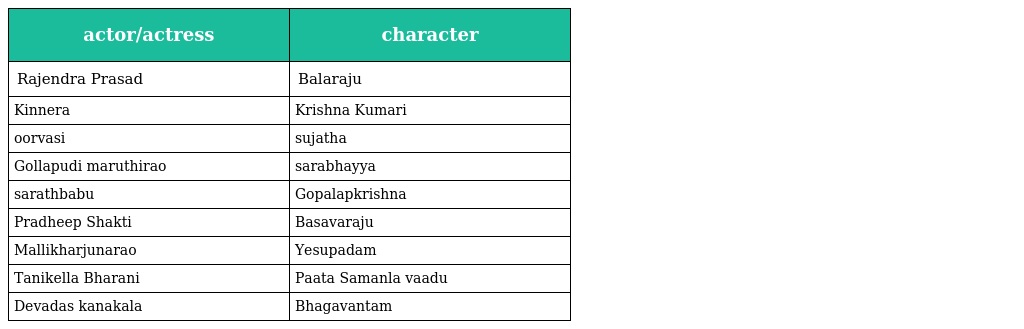
| actor/actress | character |
 | --- | --- |
 | Rajendra Prasad | Balaraju |
 | Kinnera | Krishna Kumari |
 | oorvasi | sujatha |
 | Gollapudi maruthirao | sarabhayya |
 | sarathbabu | Gopalapkrishna |
 | Pradheep Shakti | Basavaraju |
 | Mallikharjunarao | Yesupadam |
 | Tanikella Bharani | Paata Samanla vaadu |
 | Devadas kanakala | Bhagavantam |